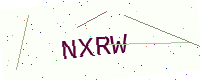
Text: NXRW